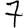
Digit: 7